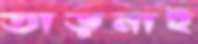
তাড়নাই